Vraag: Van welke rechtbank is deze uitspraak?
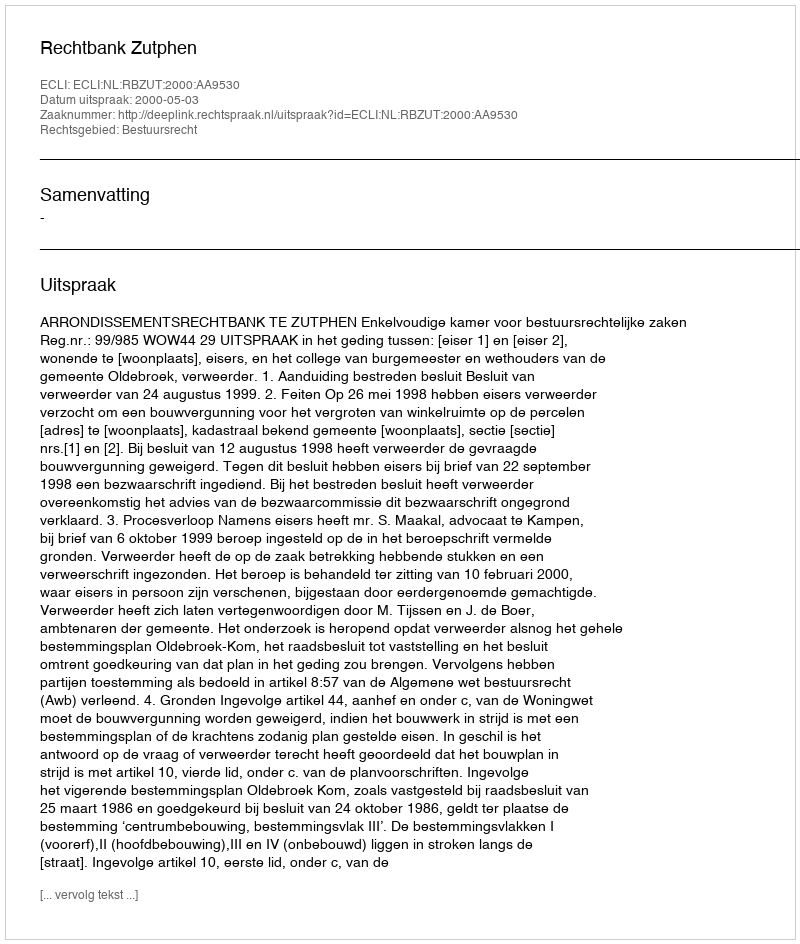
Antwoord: Rechtbank Zutphen